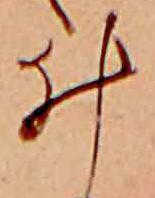
ゐ